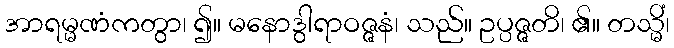
အာရမ္မဏံကတွာ၊ ၍။ မနောဒွါရာဝဇ္ဇနံ၊ သည်။ ဥပ္ပဇ္ဇတိ၊ ၏။ တသ္မိံ၊